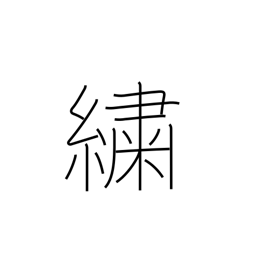
Meaning: figured cloth